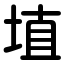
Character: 埴